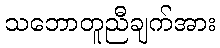
သဘောတူညီချက်အား